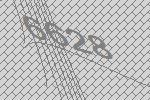
6628